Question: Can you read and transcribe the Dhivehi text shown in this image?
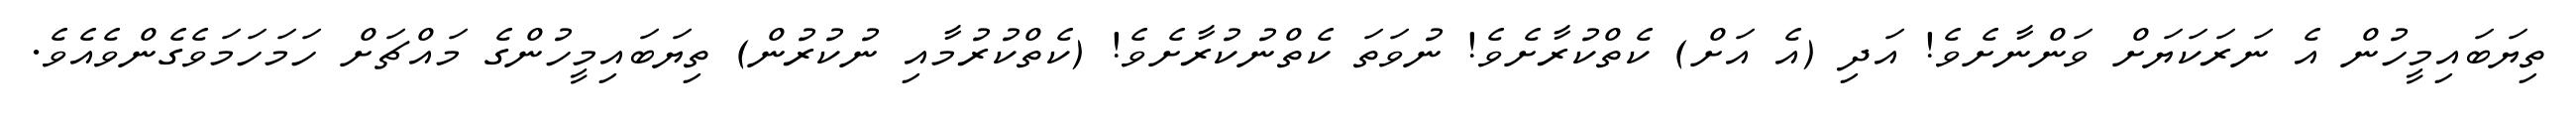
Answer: ތިޔަބައިމީހުން އެ ނަރަކަޔަށް ވަންނާށެވެ! އަދި (އެ އަށް) ކެތްކުރާށެވެ! ނުވަތަ ކެތްނުކުރާށެވެ! (ކެތްކުރުމާއި ނުކުރުން) ތިޔަބައިމީހުންގެ މައްޗަށް ހަމަހަމަވެގެންވެއެވެ.